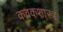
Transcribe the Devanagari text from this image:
कवकशास्त्र